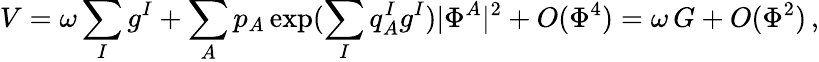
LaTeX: V=\omega\sum_{I}g^{I}+\sum_{A}p_{A}\exp(\sum_{I}q_{A}^{I}g^{I})|\Phi^{A}|^{2}+O(\Phi^{4})=\omega\, G+O(\Phi^{2})\, ,